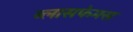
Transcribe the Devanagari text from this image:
ब्लासफेमस